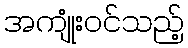
အကျုံးဝင်သည့်